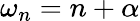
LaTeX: \omega_{n}=n+\alpha